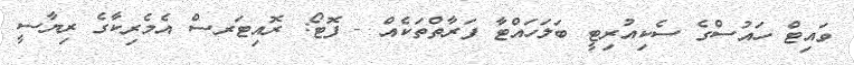
ވައިޓް ހައުސްގެ ސެކިއުރިޓީ ބަލަހައްޓާ ފަރާތްތަކެއް - ފޮޓޯ: ރޮއިޓަރސް އެމެރިކާގެ ރިޔާސީ